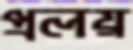
প্রলয়